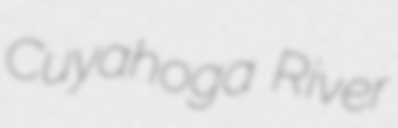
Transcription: Cuyahoga River